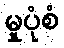
မှုပုံစံ